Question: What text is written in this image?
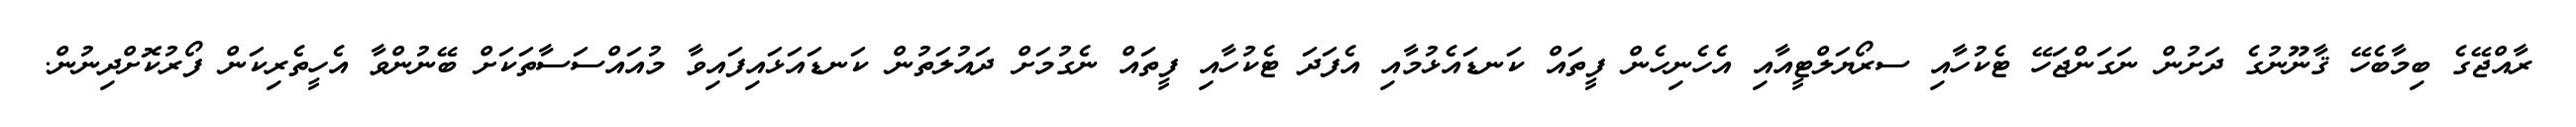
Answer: ރާއްޖޭގެ ބިމާބެހޭ ޤާނޫނުގެ ދަށުން ނަގަންޖަހޭ ޓެކުހާއި ސރޯޔަލްޓީއާއި އެހެނިހެން ފީތައް ކަނޑައެޅުމާއި އެފަދަ ޓެކުހާއި ފީތައް ނެގުމަށް ދައުލަތުން ކަނޑައަޅައިފައިވާ މުއައްސަސާތަކަށް ބޭނުންވާ އެހީތެރިކަން ފޯރުކޮށްދިނުން.